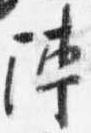
陣